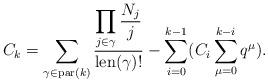
LaTeX: \begin{align*}C_k=\sum_{\gamma \in {\rm par}(k)} \frac{\displaystyle \prod_{j \in \gamma}\frac{N_j}{j}}{\rm len(\gamma)!}-\sum_{i=0}^{k-1}(C_i \sum_{\mu =0}^{k-i}q^\mu).\end{align*}